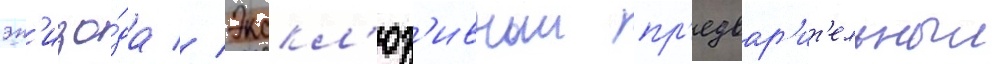
эп'изо́да // Экскл'юз'ивныи пр'едвар'ит'ельныи